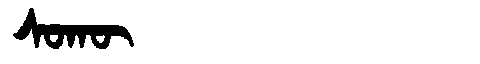
Manchu: ᠰᠣᡴᡡ
Romanization: SOKŪ